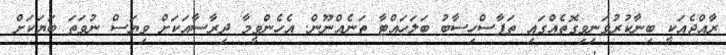
ރާއްޖެއަކީ ބިނާކުރުވަނިވިގޮތެއްގައި ތަފާސްހިސާބު ބަލަހައްޓާ ތަނެއްނޫން. އެހެންވީމާ ދިރާސާއަކަށް ވިޔަސް ނުވަތަ ބަޔަކަށް